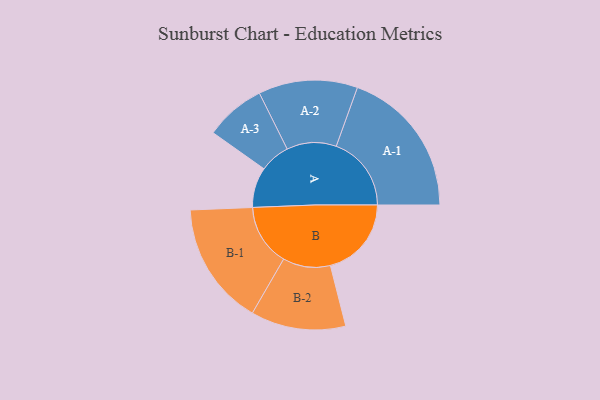
{"axis": {"x": "Segment", "y": "Value"}, "legend": ["", "A", "B"], "data": [{"x": "A", "y": 156, "type": ""}, {"x": "B", "y": 314, "type": ""}, {"x": "A-1", "y": 291, "type": "A"}, {"x": "A-2", "y": 192, "type": "A"}, {"x": "A-3", "y": 117, "type": "A"}, {"x": "B-1", "y": 239, "type": "B"}, {"x": "B-2", "y": 184, "type": "B"}]}